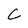
Character: C